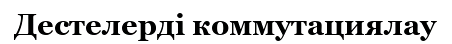
Дестелерді коммутациялау